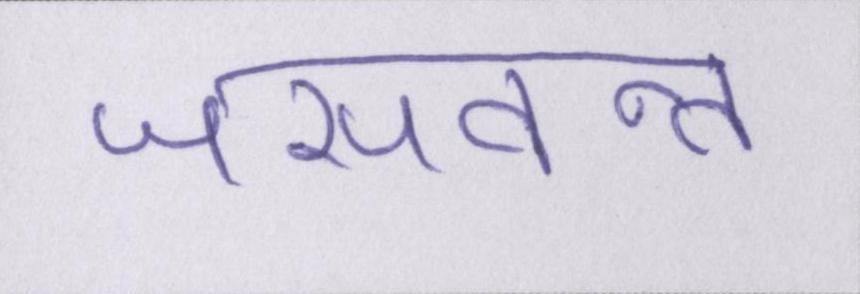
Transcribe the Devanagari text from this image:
जसवन्त